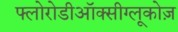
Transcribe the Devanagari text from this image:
फ्लोरोडीऑक्सीग्लूकोज़